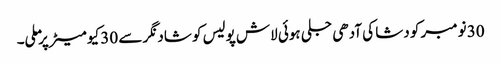
30 نومبر کو دشا کی آدھی جلی ہوئی لاش پولیس کو شاد نگر سے 30 کیو میٹر پر ملی۔